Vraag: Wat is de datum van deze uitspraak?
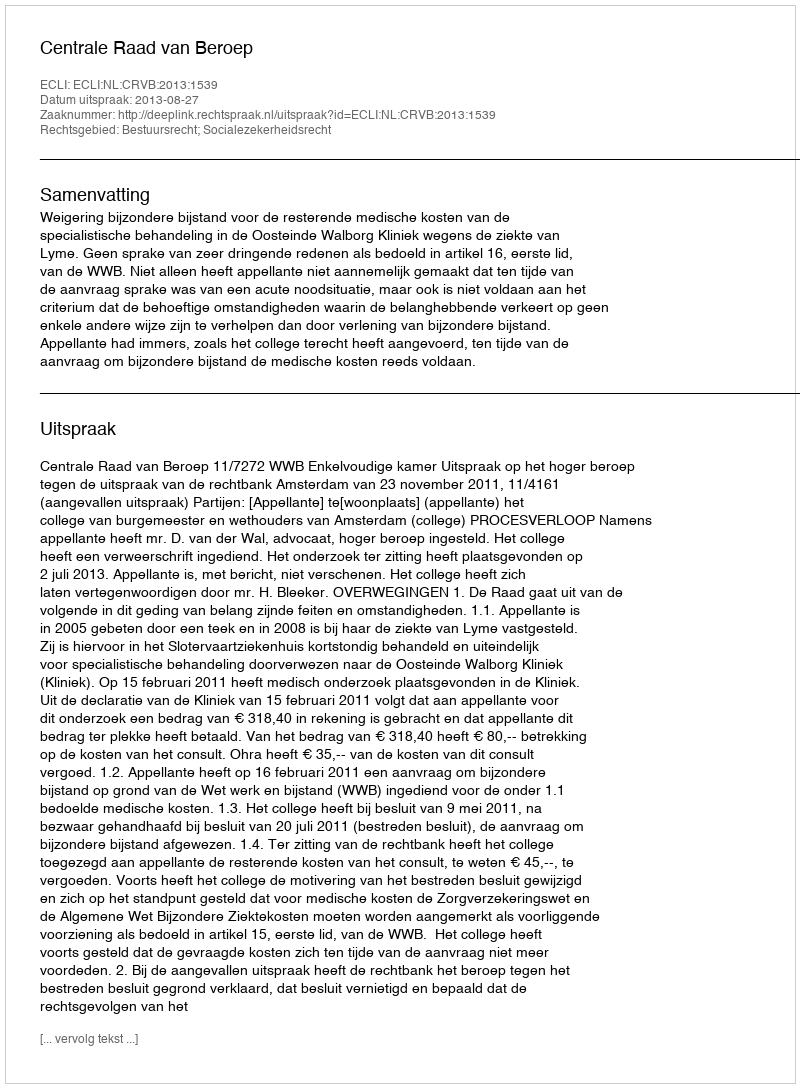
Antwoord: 2013-08-27